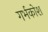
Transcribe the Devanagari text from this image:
गर्भकोश